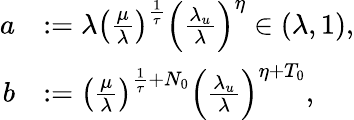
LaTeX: \begin{array}{rl}{a}&{:=\lambda\left(\frac{\mu}{\lambda}\right)^{\frac{1}{\tau}}\left(\frac{\lambda_{u}}{\lambda}\right)^{\eta}\in(\lambda,1),}\\ {b}&{:=\left(\frac{\mu}{\lambda}\right)^{\frac{1}{\tau}+N_{0}}\left(\frac{\lambda_{u}}{\lambda}\right)^{\eta+T_{0}},}\end{array}